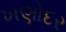
ખણોદર